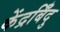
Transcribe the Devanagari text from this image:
केंद्रबिँदु